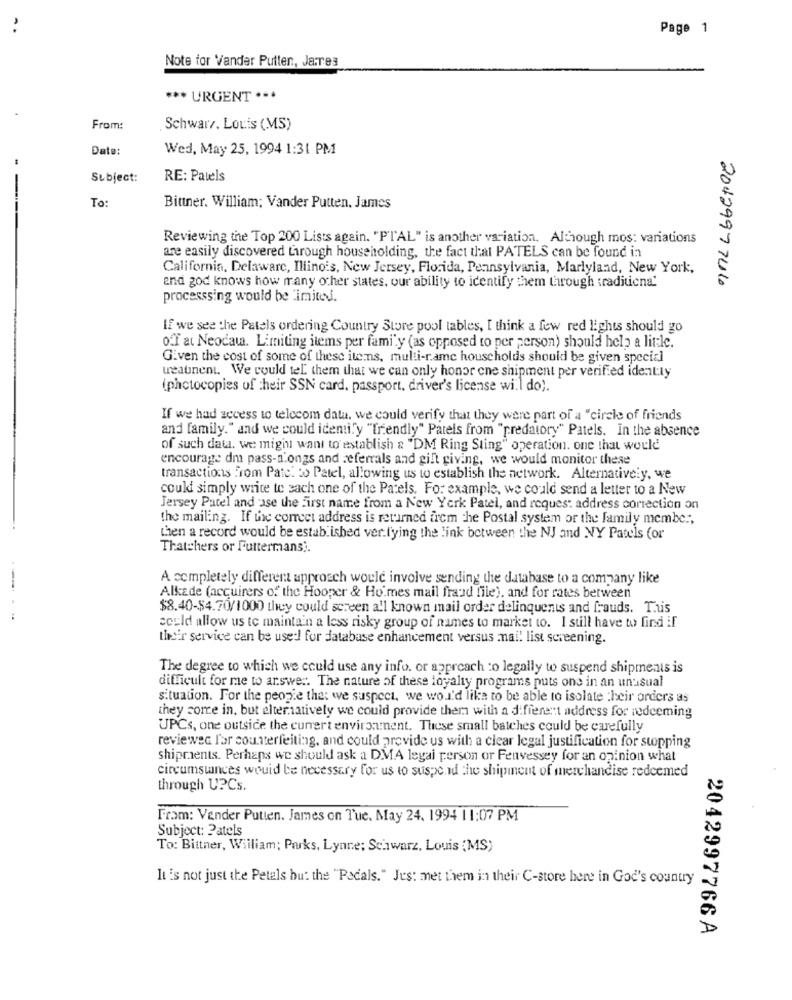
Page 1
Note for VVander Putten, Jares
*** URGENT ***
From:
Schwarz. Louis (MS)
Date:
Wed, May 25, 1994 1:31 PM
Subject:
RE: Patels
To:
Bittner. William; Vander Putten. James
Reviewing the Top 200 Lists again. "PTAL" is another variation. Although mos: variations
are easily discovered through householding, the fact that PATELS can be found in
California, Delaware, Illinois, New Jersey, Florida, Pennsylvania, Marlyland, New York,
2042997746
and god knows how many other states, our ability to identify them through traditicna'
processsing would be limited.
If we see the Patels ordering Country Store pool tables, I think a few red lights should go
off at Neodau. Limiting items per family (as opposed to per person) should help a little.
Given the cost of some of these itens, multi-rame households should be given special
weatnent. We could tel them that we can only honor cne shipment per verified idently
(photocopies of their SSN card, passport, driver's license will do).
If we had access to telecom data, we could verify that they were part of a "circle of friends
and family." and we could identify "friendly" Parels from "predatory" Patels. In the absence
of such dat. we might want to establish & "DM Ring Sting" operation. one that would
encourage dm pass-alongs and referrals and gift giving, we would monitor these
transactions From Patch > Patel, allowing us to establish the network. Alternatively, we
could simply write to each one of the Patels. For example, we could send a letter to a New
Jersey Patel and ase the first name from a New York Patel, and request address correction on
the mailing. If the correct address is returned frem che Postal system or the family member,
then a record would be estab ished ver.fying the link between the NJ and NY Patels (or
Thatchers or Futtermans ;.
A completely different approach would involve sending the database to a company like
Alkade (acquirers of the Hooper & Homes mail fraud file), and for rates between
$8.40-$4.70/1000 they could screen all known mail order delinquents and frauds. This
could allow us to maintain a less risky group of names to market to. I still have to find if
their service can be used for database enhancement versus mai! list screening.
The degree to which we could use any info. or approach to legally to suspend shipments is
difficult for me to arswer. The nature of these loyalty programs puts one in an unusual
situation. For the people that we suspect, we woi'd like to be able to isolate their orders as
they come in, but alternatively we could provide them with a different address for redeeming
UPCs, one outside the curert environment. These small batches could be carefully
reviewed l'or counterfeiting, and could provide us with a clear legal justification for stopping
shipments. Perhaps we should ask a DMA legal person or Fenvessey for an opinion what
circumstances would be necessary for us to suspend the shipment of merchandise redeemed
through U?Cs.
From: Vender Putten. James on Tue, May 24, 1994 1 1:07 PM
Subject: Patels
To: Bittner, William; Parks, Lynne; Schwarz, Louis (MS)
It's not just the Petals but the "Pedals." Jes: met them in their C-store here in God's country
2042997766 A